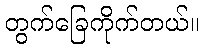
တွက်ခြေကိုက်တယ်။